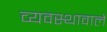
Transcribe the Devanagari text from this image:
व्यवस्थावाले